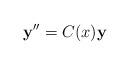
\begin{align*}\mathbf{y}^{\prime\prime}=C(x)\mathbf{y}\end{align*}